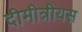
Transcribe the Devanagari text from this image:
दीमीत्रीयस